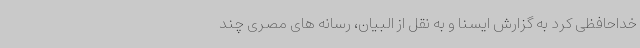
خداحافظی کرد به گزارش ایسنا و به نقل از البیان، رسانه های مصری چند